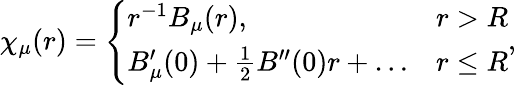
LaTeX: \chi_{\mu}(r)=\left\{ \begin{array}{ll}{r^{-1}B_{\mu}(r),}&{r>R}\\ {B_{\mu}^{\prime}(0)+\frac{1}{2}B^{\prime\prime}(0)r+\dots}&{r\le R}\end{array}\right.,